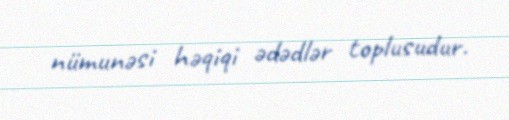
nümunəsi həqiqi ədədlər toplusudur.